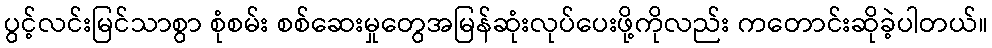
ပွင့်လင်းမြင်သာစွာ စုံစမ်း စစ်ဆေးမှုတွေအမြန်ဆုံးလုပ်ပေးဖို့ကိုလည်း ကတောင်းဆိုခဲ့ပါတယ်။